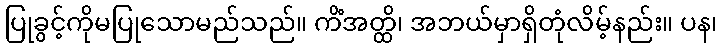
ပြုခွင့်ကိုမပြုသောမည်သည်။ ကိံအတ္ထိ၊ အဘယ်မှာရှိတုံလိမ့်နည်း။ ပန၊